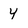
Character: 4